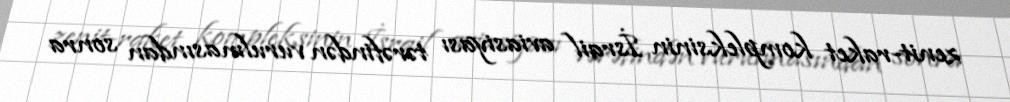
zenit-raket kompleksinin İsrail aviasiyası tərəfindən vurulmasından sonra